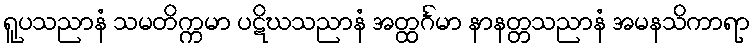
ရူပသညာနံ သမတိက္ကမာ ပဋိဃသညာနံ အတ္ထင်္ဂမာ နာနတ္တသညာနံ အမနသိကာရာ